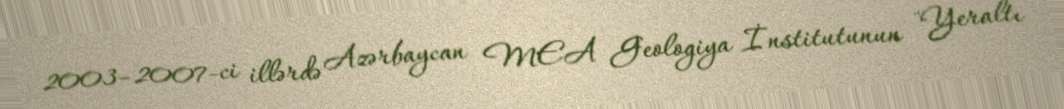
2003–2007-ci illərdə Azərbaycan MEA Geologiya İnstitutunun "Yeraltı